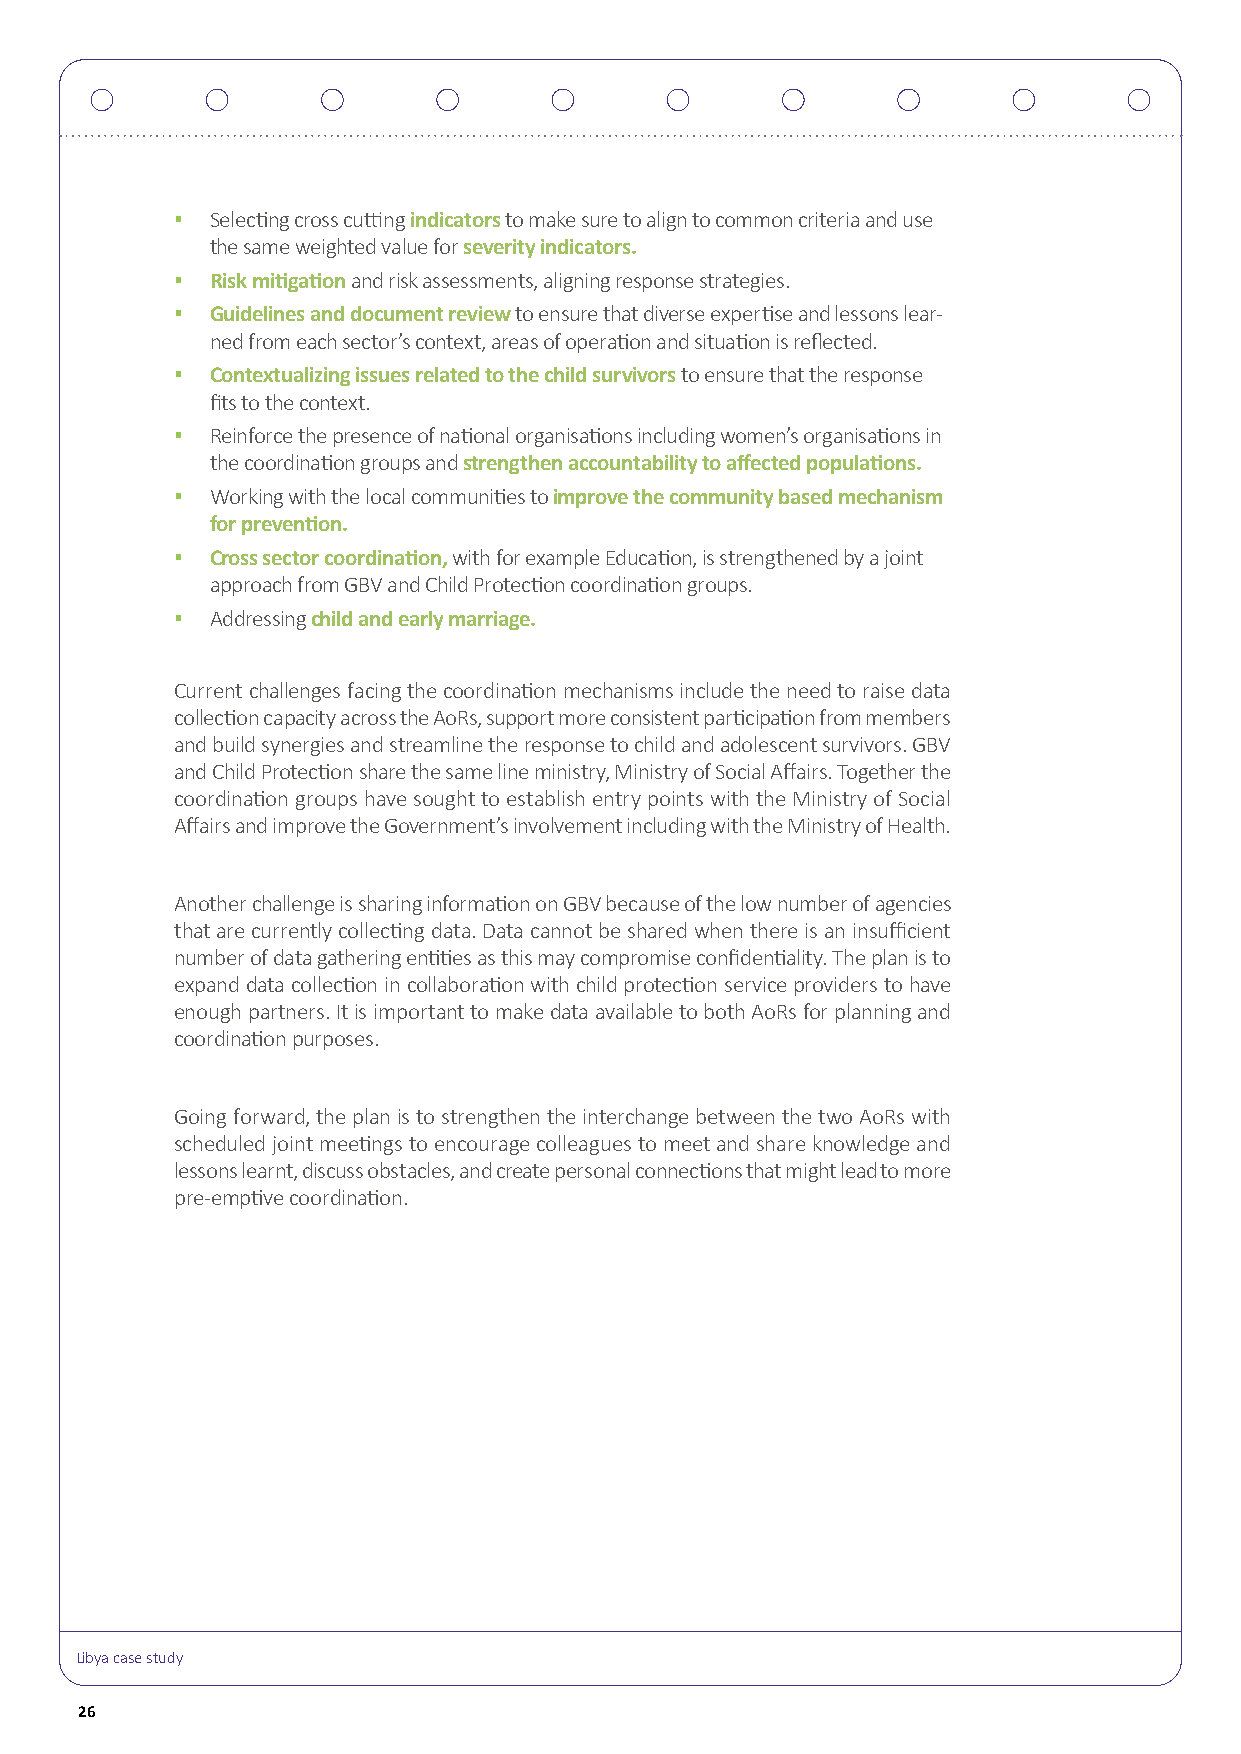
▪ Selecting cross cutting indicators to make sure to align to common criteria and use
 the same weighted value for severity indicators.
 ▪ Risk mitigation and risk assessments, aligning response strategies.
 ▪ Guidelines and document review to ensure that diverse expertise and lessons lear-
 ned from each sector’s context, areas of operation and situation is reflected.
 ▪ Contextualizing issues related to the child survivors to ensure that the response
 fits to the context.
 ▪ Reinforce the presence of national organisations including women’s organisations in
 the coordination groups and strengthen accountability to affected populations.
 ▪ Working with the local communities to improve the community based mechanism
 for prevention.
 ▪ Cross sector coordination, with for example Education, is strengthened by a joint
 approach from GBV and Child Protection coordination groups.
 ▪ Addressing child and early marriage.
 Current challenges facing the coordination mechanisms include the need to raise data
 collection capacity across the AoRs, support more consistent participation from members
 and build synergies and streamline the response to child and adolescent survivors. GBV
 and Child Protection share the same line ministry, Ministry of Social Affairs. Together the
 coordination groups have sought to establish entry points with the Ministry of Social
 Affairs and improve the Government’s involvement including with the Ministry of Health.
 Another challenge is sharing information on GBV because of the low number of agencies
 that are currently collecting data. Data cannot be shared when there is an insufficient
 number of data gathering entities as this may compromise confidentiality. The plan is to
 expand data collection in collaboration with child protection service providers to have
 enough partners. It is important to make data available to both AoRs for planning and
 coordination purposes.
 Going forward, the plan is to strengthen the interchange between the two AoRs with
 scheduled joint meetings to encourage colleagues to meet and share knowledge and
 lessons learnt, discuss obstacles, and create personal connections that might lead to more
 pre-emptive coordination.
 Libya case study
 26